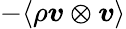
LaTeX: -\langle\rho\boldsymbol{v}\otimes\boldsymbol{v}\rangle